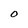
Character: O